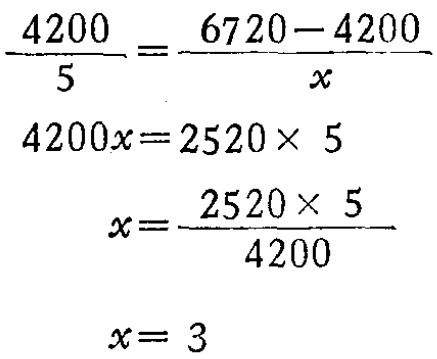
\[\begin{align*}
\frac{4200}{5}&=\frac{6720 - 4200}{x}\\
4200x&=2520\times 5\\
x&=\frac{2520\times 5}{4200}\\
x&= 3
\end{align*}\]